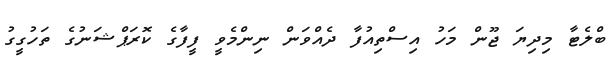
ބްލެޓާ މިދިޔަ ޖޫން މަހު އިސްތިއުފާ ދެއްވަން ނިންމެވީ ފީފާގެ ކޮރަޕްޝަނުގެ ތަހުގީގު